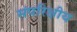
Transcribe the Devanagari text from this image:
संपरिक्षीय